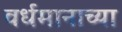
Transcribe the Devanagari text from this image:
वर्धमानाच्या